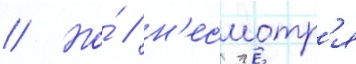
// Но́ / н'есмотр'я